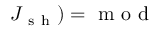
J _ { \mathrm { ~ s ~ h ~ } } ) = \mathrm { ~ m ~ o ~ d ~ }